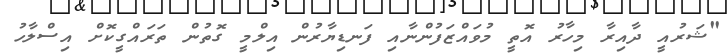
"ޝަރުއީ ދާއިރާ މިހާރު އޮތީ މުވައްޒަފުންނާއި ފަނޑިޔާރުން އިލްމީ ގޮތުން ތަރައްގީކޮށް އިސްލާހު